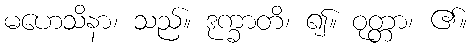
မဟေသိနာ၊ သည်။ ဒုက္ခာတိ၊ ၍။ ဝုတ္တာ၊ ၏။